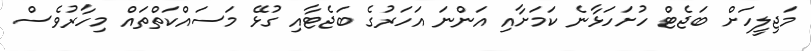
މަޖިލީހަށް ބަޖެޓް ހުށަހަޅާނެ ކަމަށާއި އަންނަ އަހަރުގެ ބަޖެޓާއި ގުޅޭ މަސައްކަތްތައް މިހާރުވެސް